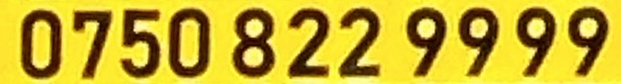
0750 822 9999